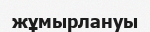
жұмырлануы